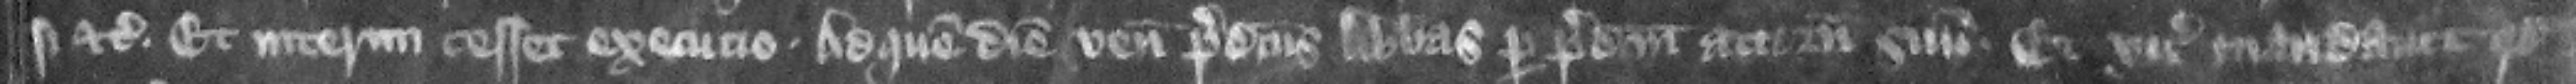
si etc. Et interim cesset execucio.  Ad quem diem venit predictus abbas per predictum attornatum suum. Et vicecomes mandauit quod